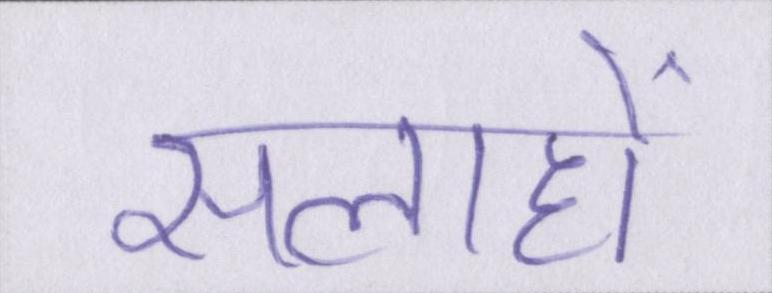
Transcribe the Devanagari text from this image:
सलाहों